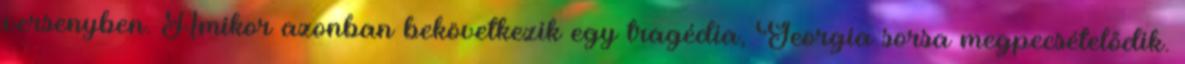
versenyben. Amikor azonban bekövetkezik egy tragédia, Georgia sorsa megpecsételődik.